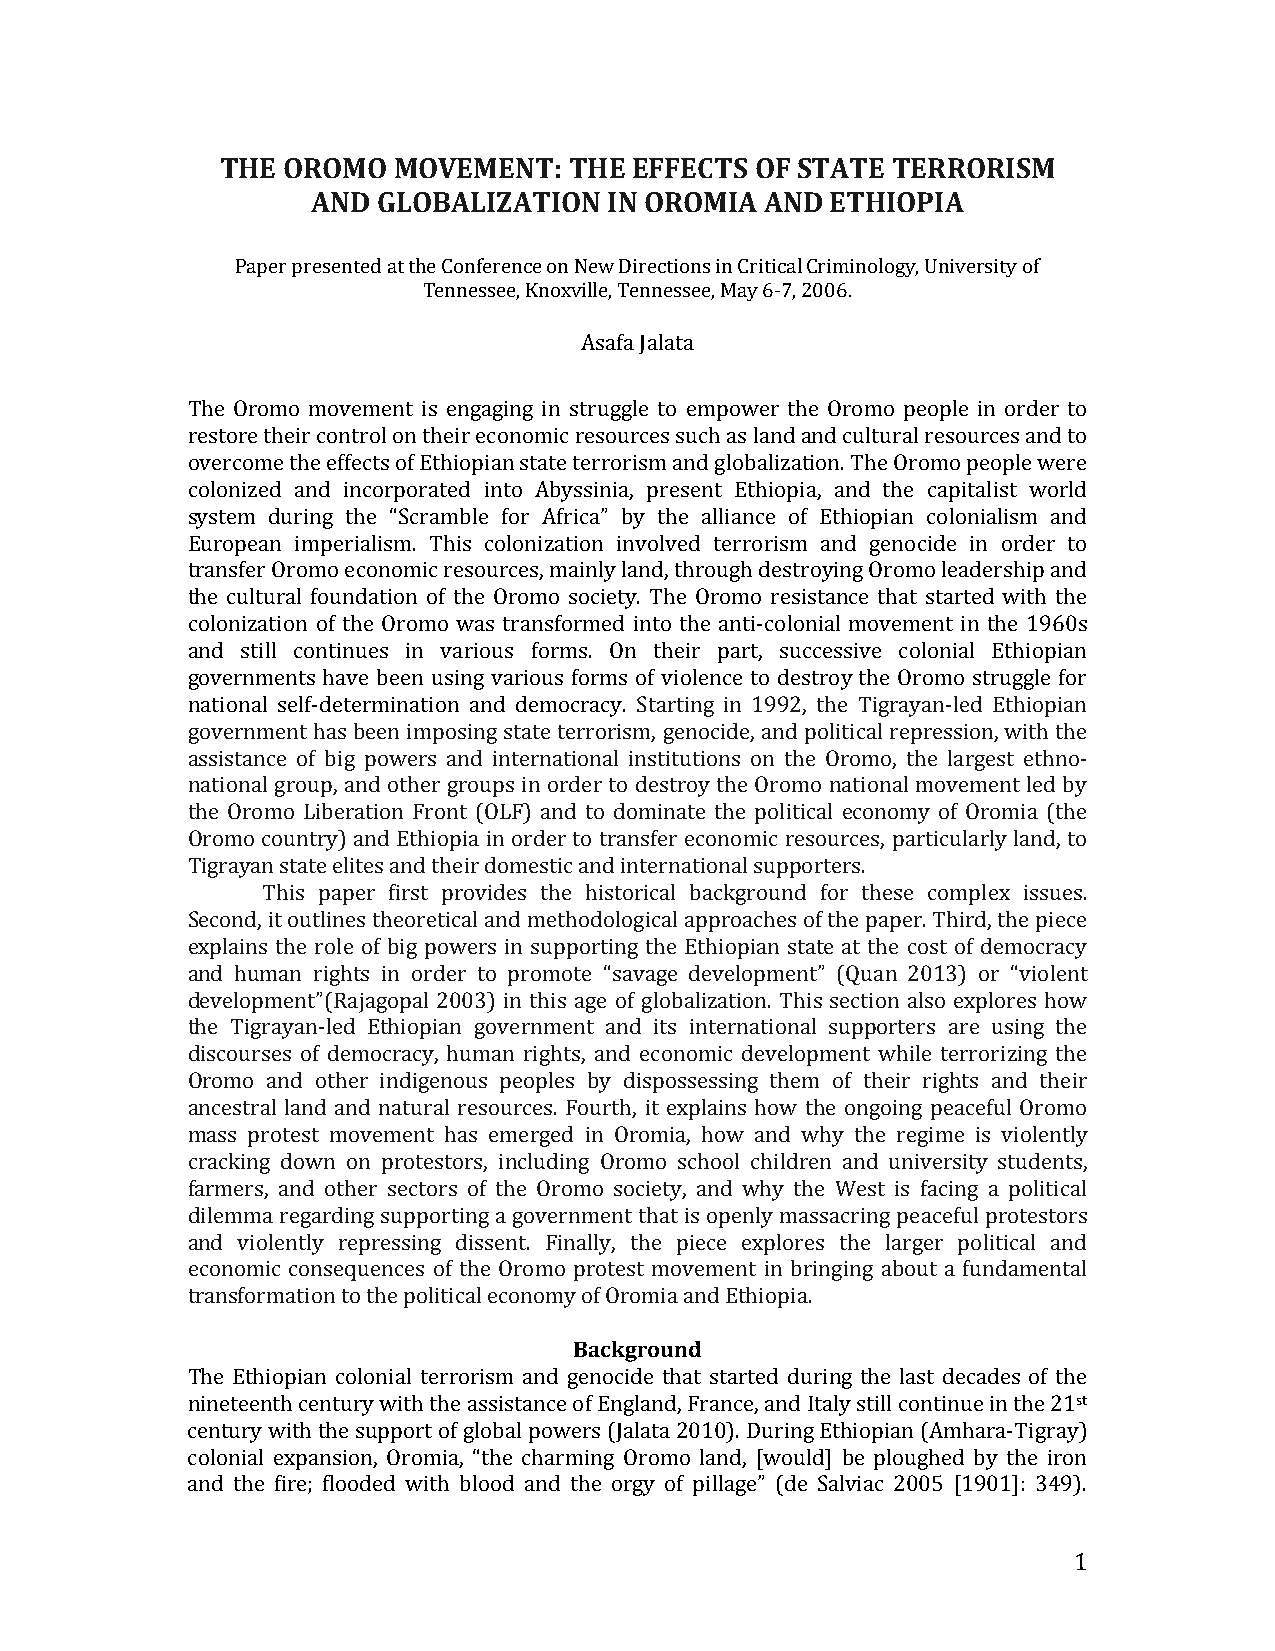
THE OROMO  MOVEMENT:   THE EFFECTS OF STATE TERRORISM
 AND GLOBALIZATION  IN OROMIA  AND ETHIOPIA
 Paper presented at the Conference on New Directions in Critical Criminology, University of
 Tennessee, Knoxville, Tennessee, May 6‐7, 2006.
 Asafa Jalata
 The Oromo movement is engaging in struggle to empower the Oromo people in order to
 restore their control on their economic resources such as land and cultural resources and to
 overcome the effects of Ethiopian state terrorism and globalization. The Oromo people were
 colonized and incorporated into Abyssinia, present Ethiopia, and the capitalist world
 system during the “Scramble for Africa” by the alliance of Ethiopian colonialism and
 European imperialism. This colonization involved terrorism and genocide in order to
 transfer Oromo economic resources, mainly land, through destroying Oromo leadership and
 the cultural foundation of the Oromo society. The Oromo resistance that started with the
 colonization of the Oromo was transformed into the anti‐colonial movement in the 1960s
 and still continues in various forms. On their part, successive colonial Ethiopian
 governments have been using various forms of violence to destroy the Oromo struggle for
 national self‐determination and democracy. Starting in 1992, the Tigrayan‐led Ethiopian
 government has been imposing state terrorism, genocide, and political repression, with the
 assistance of big powers and international institutions on the Oromo, the largest ethno‐
 national group, and other groups in order to destroy the Oromo national movement led by
 the Oromo Liberation Front (OLF) and to dominate the political economy of Oromia (the
 Oromo country) and Ethiopia in order to transfer economic resources, particularly land, to
 Tigrayan state elites and their domestic and international supporters.
 This paper first provides the historical background for these complex issues.
 Second, it outlines theoretical and methodological approaches of the paper. Third, the piece
 explains the role of big powers in supporting the Ethiopian state at the cost of democracy
 and human rights in order to promote “savage development” (Quan 2013) or “violent
 development”(Rajagopal 2003) in this age of globalization. This section also explores how
 the Tigrayan‐led Ethiopian government and its international supporters are using the
 discourses of democracy, human rights, and economic development while terrorizing the
 Oromo and other indigenous peoples by dispossessing them of their rights and their
 ancestral land and natural resources. Fourth, it explains how the ongoing peaceful Oromo
 mass protest movement has emerged in Oromia, how and why the regime is violently
 cracking down on protestors, including Oromo school children and university students,
 farmers, and other sectors of the Oromo society, and why the West is facing a political
 dilemma regarding supporting a government that is openly massacring peaceful protestors
 and violently repressing dissent. Finally, the piece explores the larger political and
 economic consequences of the Oromo protest movement in bringing about a fundamental
 transformation to the political economy of Oromia and Ethiopia.
 Background
 The Ethiopian colonial terrorism and genocide that started during the last decades of the
 nineteenth century with the assistance of England, France, and Italy still continue in the 21st
 century with the support of global powers (Jalata 2010). During Ethiopian (Amhara‐Tigray)
 colonial expansion, Oromia, “the charming Oromo land, [would] be ploughed by the iron
 and the fire; flooded with blood and the orgy of pillage” (de Salviac 2005 [1901]: 349).
 1